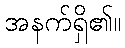
အနက်ရှိ၏။